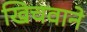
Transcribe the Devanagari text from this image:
खिचवाने